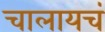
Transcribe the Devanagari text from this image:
चालायचं